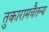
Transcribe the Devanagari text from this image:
तुकारामचैतन्य